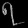
Digit: ၇